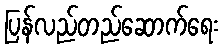
ပြန်လည်တည်ဆောက်ရေး